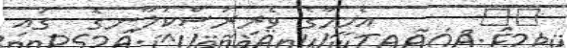
٤٦      އެމީހާގެ ވެރިރަސްކަލާނގެ  ގައި